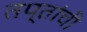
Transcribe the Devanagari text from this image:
तप्तांची